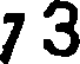
7 3